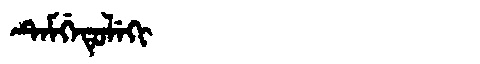
Manchu: ᡨᡝᠮᡤᡝᡨᡠᠯᡝᡴᡳ
Romanization: TEMGETULEKI